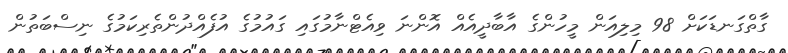
ގާތްގަނޑަކަށް 98 މިލިއަން މީހުންގެ އާބާދީއެއް އޮންނަ ވިއެޓްނާމުގައި ގައުމުގެ އުފެއްދުންތެރިކަމުގެ ނިސްބަތުން